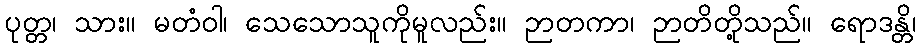
ပုတ္တ၊ သား။ မတံဝါ၊ သေသောသူကိုမူလည်း။ ဉာတကာ၊ ဉာတိတို့သည်။ ရောဒန္တိ၊